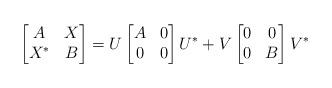
LaTeX: \begin{align*}\begin{bmatrix} A &X \\X^* &B\end{bmatrix} = U\begin{bmatrix} A &0 \\0 &0\end{bmatrix} U^* +V\begin{bmatrix} 0 &0 \\0 &B\end{bmatrix} V^*\end{align*}